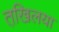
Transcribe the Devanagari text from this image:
तखि़लया